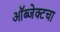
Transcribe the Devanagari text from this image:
ऑब्जेक्टचा